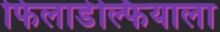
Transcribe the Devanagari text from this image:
फिलाडेल्फियाला